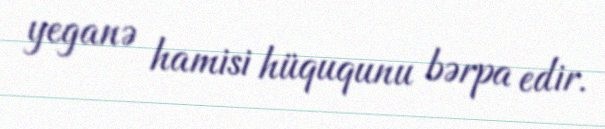
yeganə hamisi hüququnu bərpa edir.